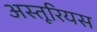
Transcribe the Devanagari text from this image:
अस्तूरियस